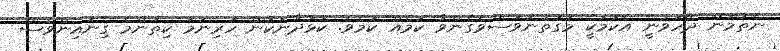
ނެތުމުން ދޭހަވަނީ އެކަމަކީ މަގުތަނަވަސްވެގެންވާ ކަމެއް ކަމެވެ. ކުޅަދާނަކަން ހުރިނަމަ ކިތަންމެ ގިނައިންވެސް